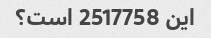
این 2517758 است؟